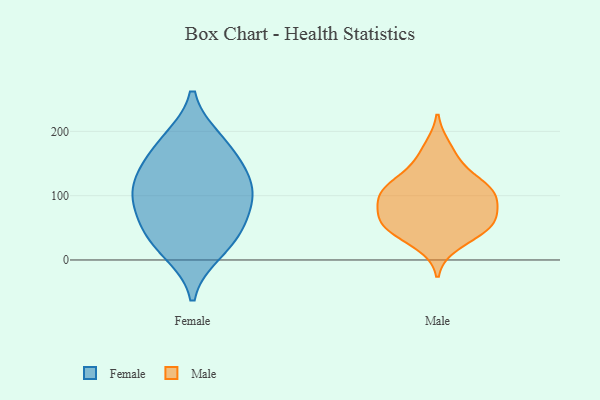
{"axis": {"x": "Market Share (%)", "y": "Value"}, "legend": ["Female", "Male"], "data": [{"x": "", "y": 137, "type": "Female"}, {"x": "", "y": 83, "type": "Female"}, {"x": "", "y": 44, "type": "Female"}, {"x": "", "y": 175, "type": "Female"}, {"x": "", "y": 37, "type": "Female"}, {"x": "", "y": 14, "type": "Female"}, {"x": "", "y": 185, "type": "Female"}, {"x": "", "y": 89, "type": "Female"}, {"x": "", "y": 111, "type": "Female"}, {"x": "", "y": 123, "type": "Female"}, {"x": "", "y": 110, "type": "Male"}, {"x": "", "y": 104, "type": "Male"}, {"x": "", "y": 109, "type": "Male"}, {"x": "", "y": 93, "type": "Male"}, {"x": "", "y": 103, "type": "Male"}, {"x": "", "y": 51, "type": "Male"}, {"x": "", "y": 49, "type": "Male"}, {"x": "", "y": 151, "type": "Male"}, {"x": "", "y": 64, "type": "Male"}, {"x": "", "y": 175, "type": "Male"}, {"x": "", "y": 58, "type": "Male"}, {"x": "", "y": 77, "type": "Male"}, {"x": "", "y": 124, "type": "Male"}, {"x": "", "y": 25, "type": "Male"}, {"x": "", "y": 52, "type": "Male"}]}